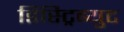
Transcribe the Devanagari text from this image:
डिस्ट्रिब्युट